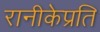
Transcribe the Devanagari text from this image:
रानीकेप्रति